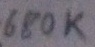
Text: 680K